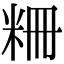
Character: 粣